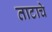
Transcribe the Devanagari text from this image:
ताटाचे